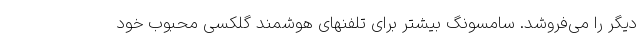
دیگر را می‌فروشد. سامسونگ بیشتر برای تلفنهای هوشمند گلکسی محبوب خود